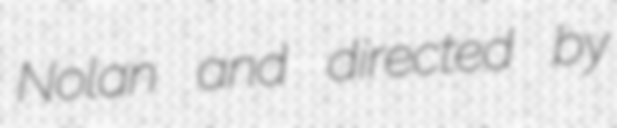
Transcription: Nolan and directed by